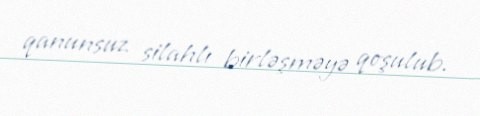
qanunsuz silahlı birləşməyə qoşulub.